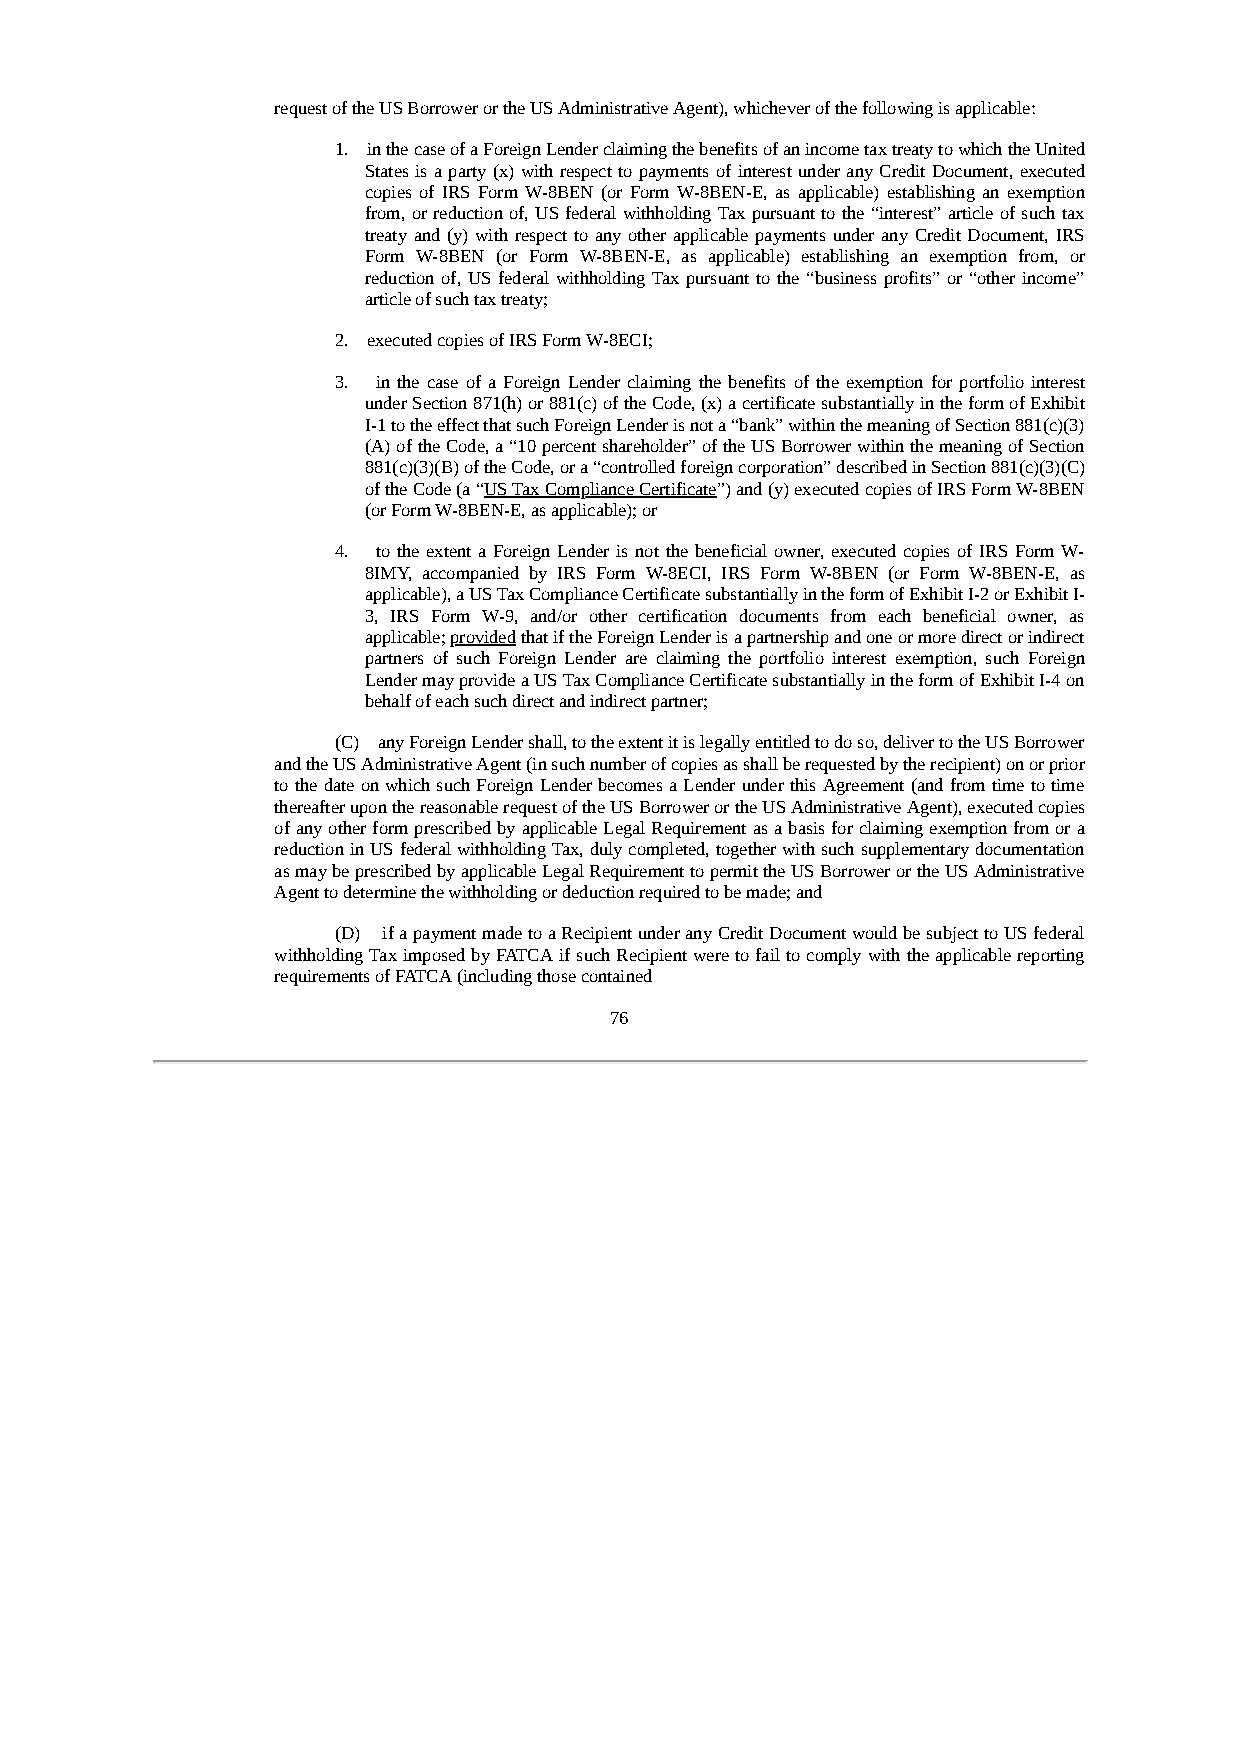
request of the US Borrower or the US Administrative Agent), whichever of the following is applicable:
 1. in the case of a Foreign Lender claiming the benefits of an income tax treaty to which the United
 States is a party (x) with respect to payments of interest under any Credit Document, executed
 copies of IRS Form W-8BEN (or Form W-8BEN-E, as applicable) establishing an exemption
 from, or reduction of, US federal withholding Tax pursuant to the “interest” article of such tax
 treaty and (y) with respect to any other applicable payments under any Credit Document, IRS
 Form W-8BEN (or Form W-8BEN-E, as applicable) establishing an exemption from, or
 reduction of, US federal withholding Tax pursuant to the “business profits” or “other income”
 article of such tax treaty;
 2. executed copies of IRS Form W-8ECI;
 3. in the case of a Foreign Lender claiming the benefits of the exemption for portfolio interest
 under Section 871(h) or 881(c) of the Code, (x) a certificate substantially in the form of Exhibit
 I-1 to the effect that such Foreign Lender is not a “bank” within the meaning of Section 881(c)(3)
 (A) of the Code, a “10 percent shareholder” of the US Borrower within the meaning of Section
 881(c)(3)(B) of the Code, or a “controlled foreign corporation” described in Section 881(c)(3)(C)
 of the Code (a “US Tax Compliance Certificate”) and (y) executed copies of IRS Form W-8BEN
 (or Form W-8BEN-E, as applicable); or
 4. to the extent a Foreign Lender is not the beneficial owner, executed copies of IRS Form W-
 8IMY, accompanied by IRS Form W-8ECI, IRS Form W-8BEN (or Form W-8BEN-E, as
 applicable), a US Tax Compliance Certificate substantially in the form of Exhibit I-2 or Exhibit I-
 3, IRS Form W-9, and/or other certification documents from each beneficial owner, as
 applicable; provided that if the Foreign Lender is a partnership and one or more direct or indirect
 partners of such Foreign Lender are claiming the portfolio interest exemption, such Foreign
 Lender may provide a US Tax Compliance Certificate substantially in the form of Exhibit I-4 on
 behalf of each such direct and indirect partner;
 (C) any Foreign Lender shall, to the extent it is legally entitled to do so, deliver to the US Borrower
 and the US Administrative Agent (in such number of copies as shall be requested by the recipient) on or prior
 to the date on which such Foreign Lender becomes a Lender under this Agreement (and from time to time
 thereafter upon the reasonable request of the US Borrower or the US Administrative Agent), executed copies
 of any other form prescribed by applicable Legal Requirement as a basis for claiming exemption from or a
 reduction in US federal withholding Tax, duly completed, together with such supplementary documentation
 as may be prescribed by applicable Legal Requirement to permit the US Borrower or the US Administrative
 Agent to determine the withholding or deduction required to be made; and
 (D) if a payment made to a Recipient under any Credit Document would be subject to US federal
 withholding Tax imposed by FATCA if such Recipient were to fail to comply with the applicable reporting
 requirements of FATCA (including those contained
 76